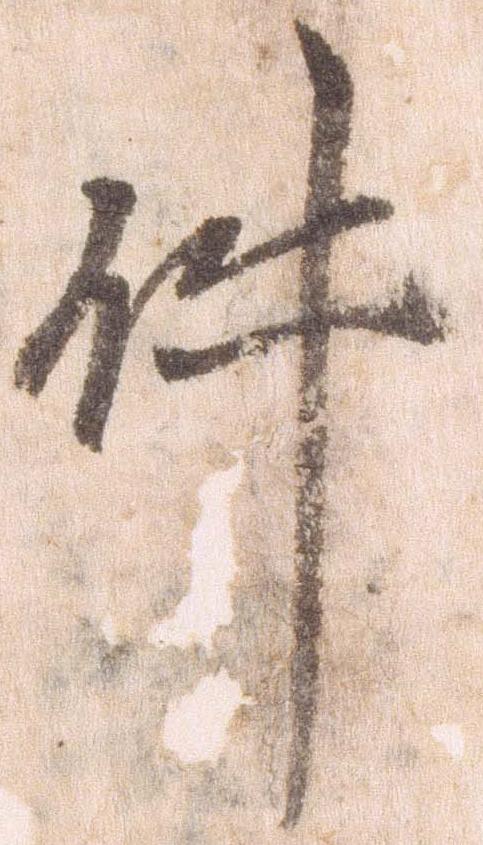
件